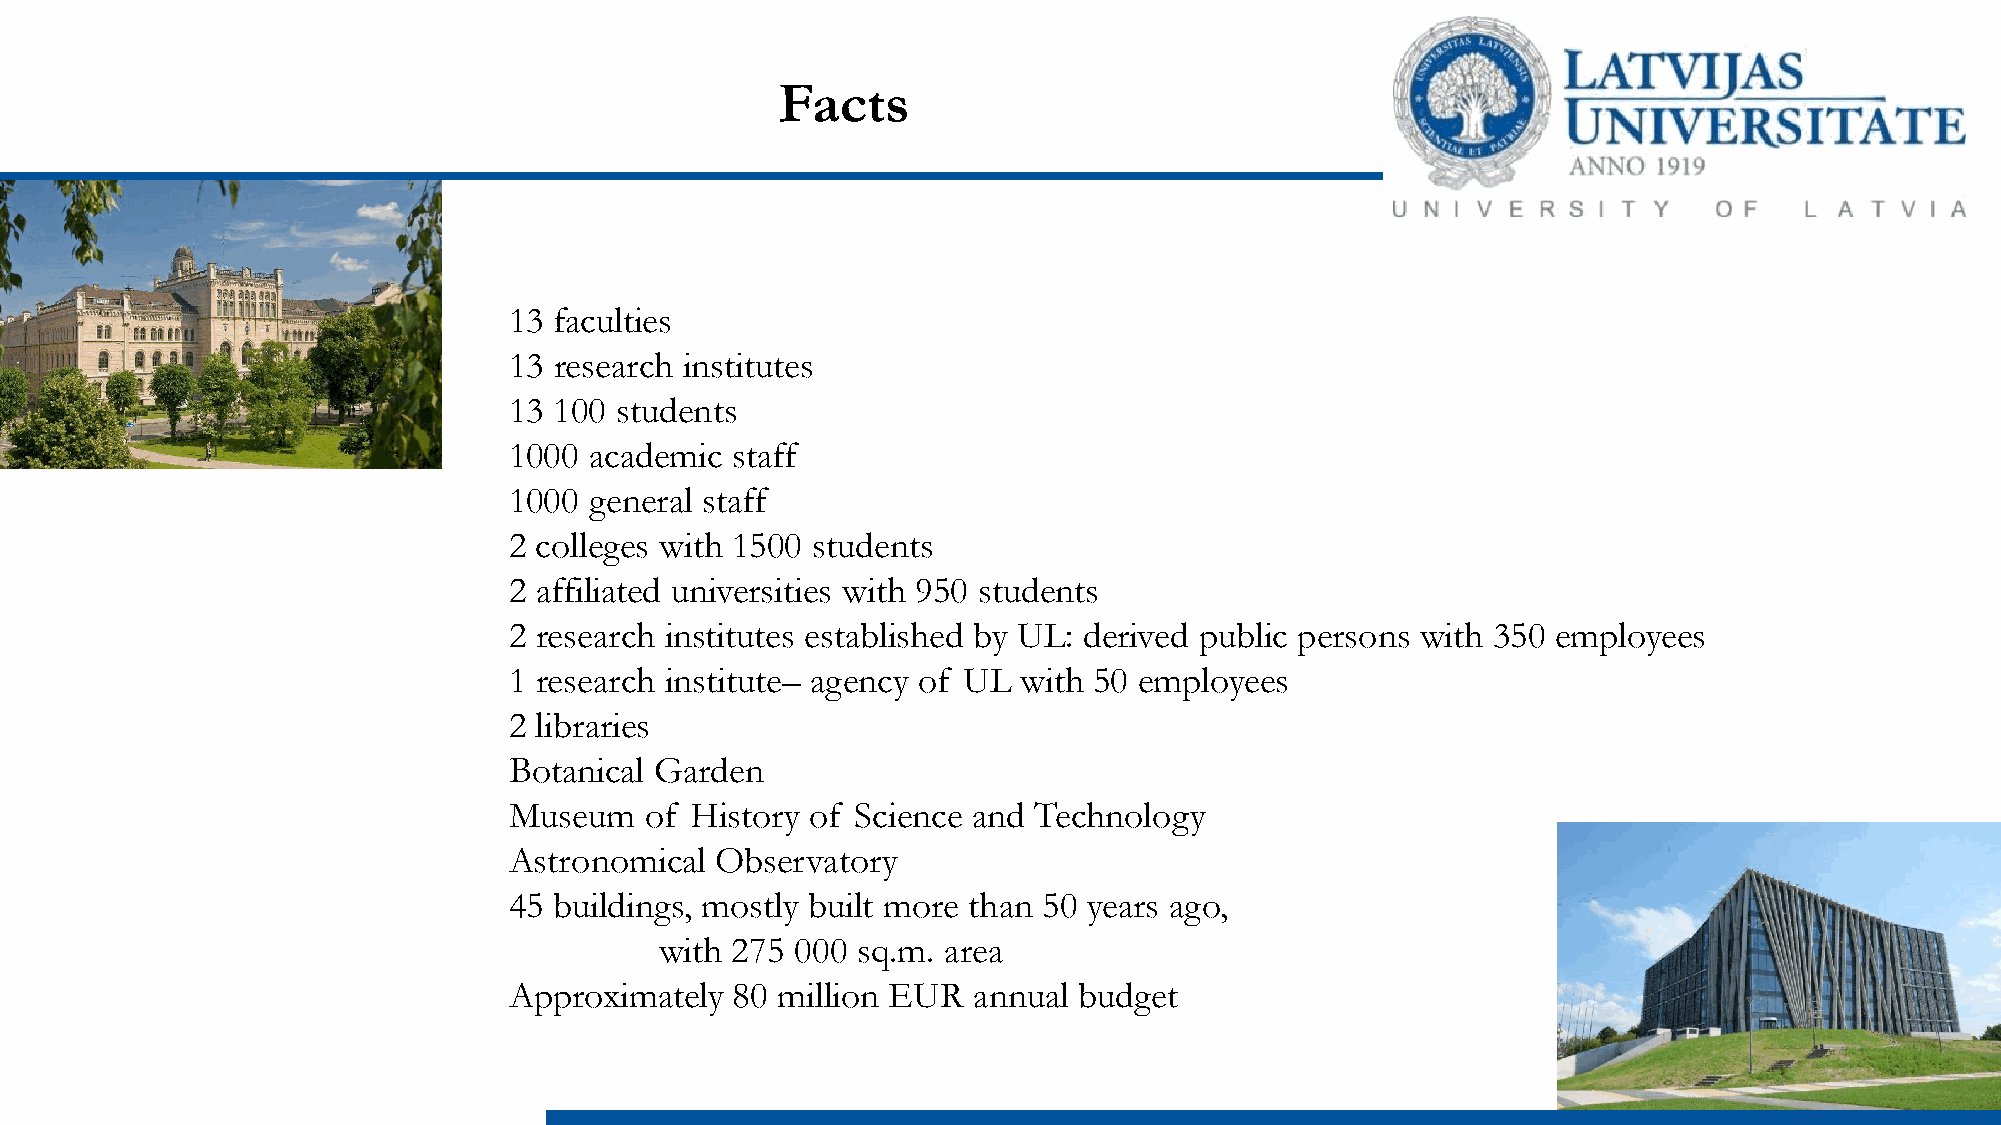
Facts
 13 faculties
 13 research institutes
 13 100 students
 1000 academic staff
 1000 general staff
 2 colleges with 1500 students
 2 affiliated universities with 950 students
 2 research institutes established by UL: derived public persons with 350 employees
 1 research institute– agency of UL with 50 employees
 2 libraries
 Botanical Garden
 Museum   of History of Science and Technology
 Astronomical Observatory
 45 buildings, mostly built more than 50 years ago,
 with 275 000 sq.m. area
 Approximately  80 million EUR annual budget